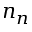
n _ { n }